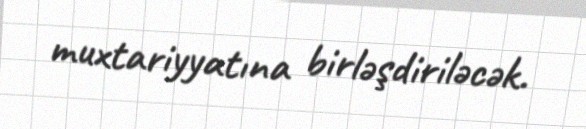
muxtariyyatına birləşdiriləcək.